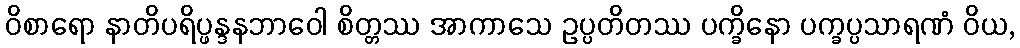
ဝိစာရော နာတိပရိပ္ဖန္ဒနဘာဝေါ စိတ္တဿ အာကာသေ ဥပ္ပတိတဿ ပက္ခိနော ပက္ခပ္ပသာရဏံ ဝိယ,